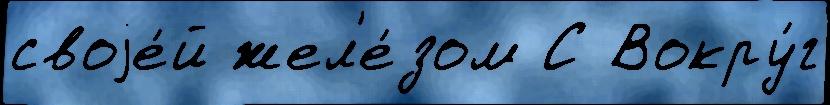
своjе́й жел'е́зом С Вокру́г